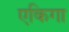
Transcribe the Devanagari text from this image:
एकिगा